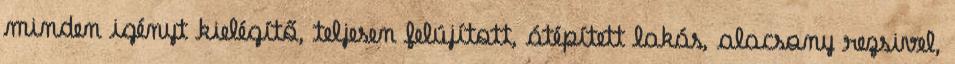
minden igényt kielégítő, teljesen felújított, átépített lakás, alacsony rezsivel,